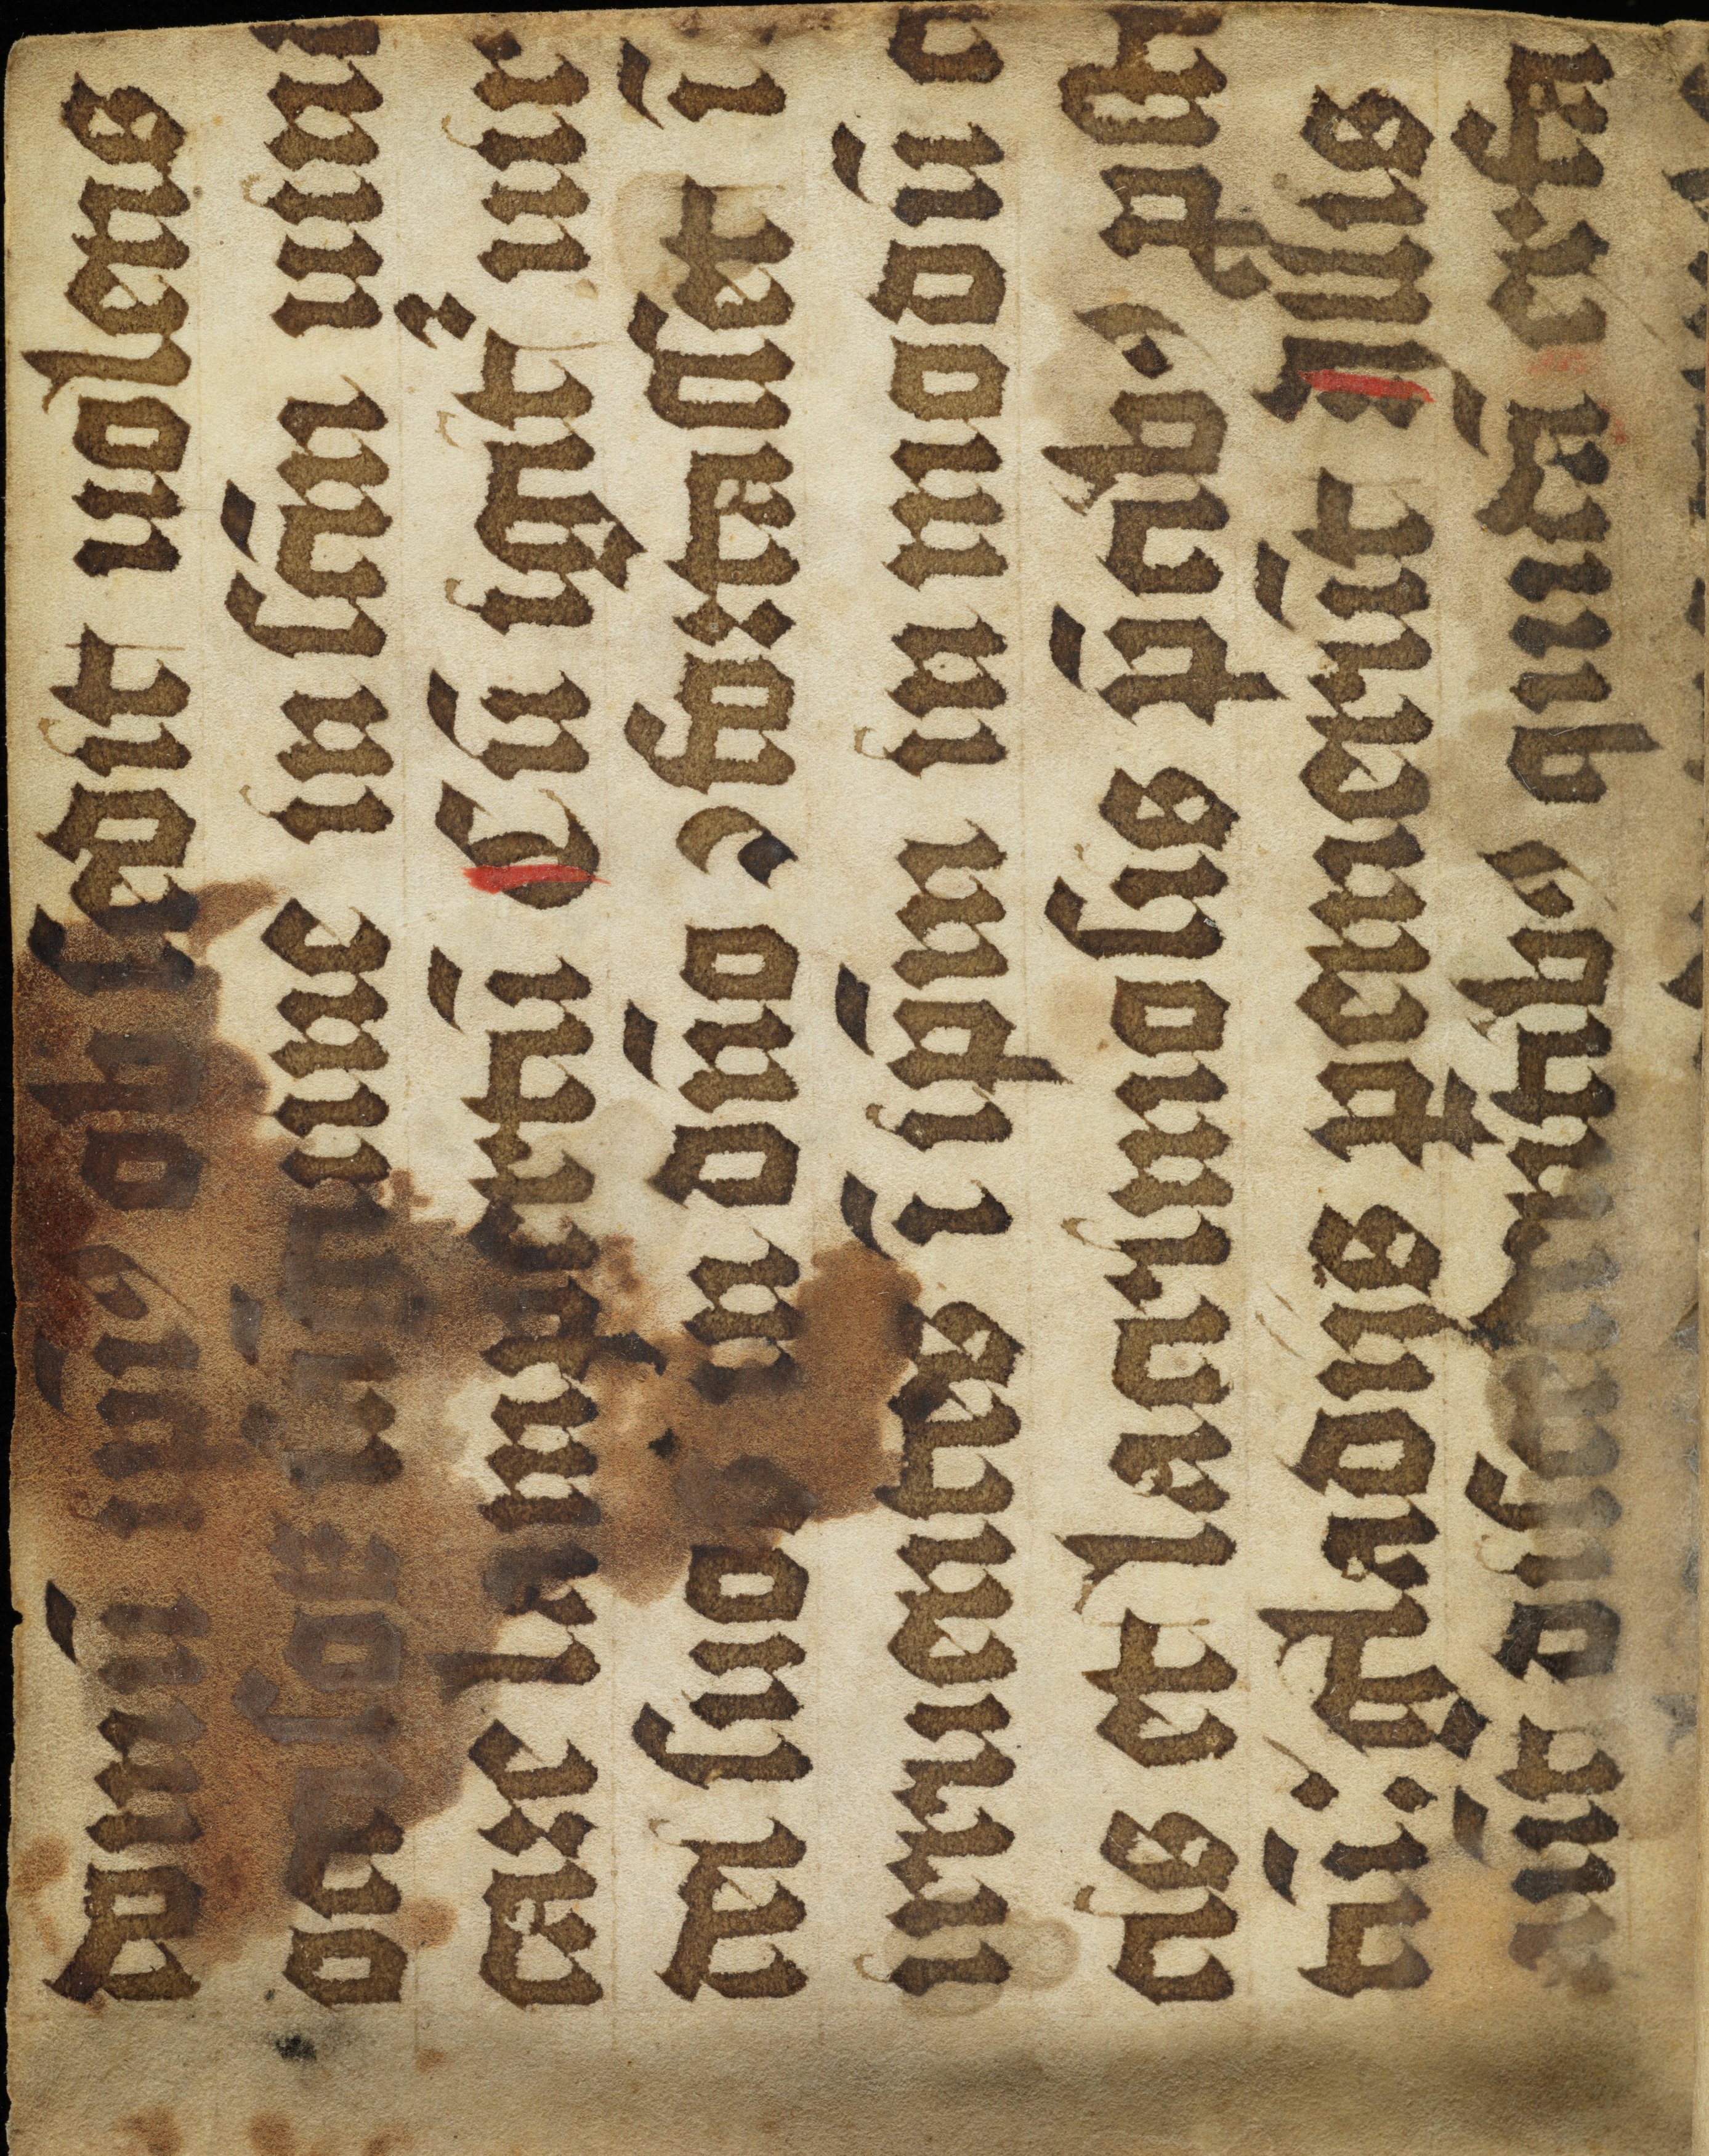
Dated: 1605–1635